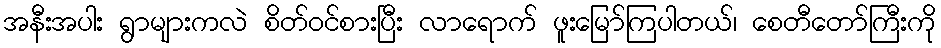
အနီးအပါး ရွာများကလဲ စိတ်ဝင်စားပြီး လာရောက် ဖူးမြော်ကြပါတယ်၊ စေတီတော်ကြီးကို